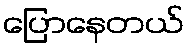
ပြောနေတယ်